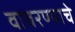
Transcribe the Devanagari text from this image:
वावरण्याचे